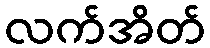
လက်အိတ်